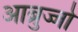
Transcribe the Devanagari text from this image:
आब्रुज्जो